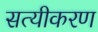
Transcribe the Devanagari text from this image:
सत्यीकरण